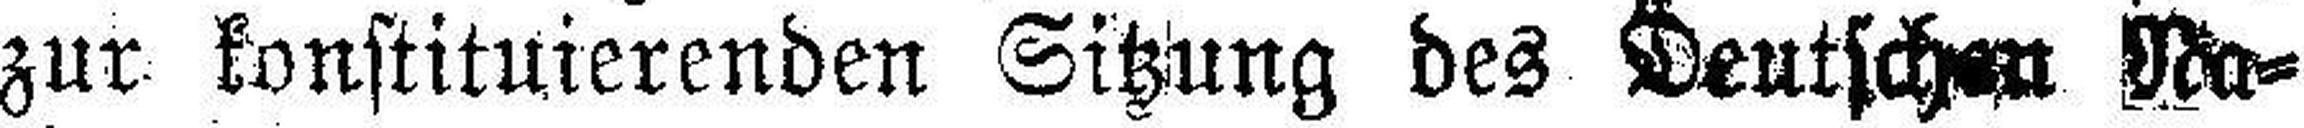
zur konstituierenden Sitzung des Deutschen Na¬